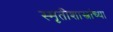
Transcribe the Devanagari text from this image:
स्मृतीशास्त्रांच्या